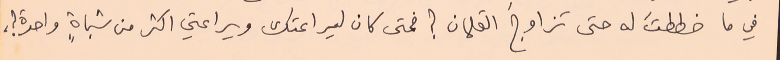
في ما خططتَ له حتى تزاوجَ القلمان ؟ فمتى كان ليراعتك ويراعتي اكثر من شباةٍ واحدة ؟،